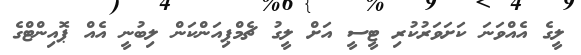
ލީގެ އެއްވަނަ ކަށަވަރުކުރި ޓީސީ އަށް ލީގު ޗެމްޕިއަންކަން ލިބުނީ އެއް ޕޮއިންޓްގެ